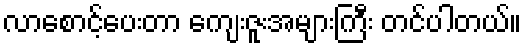
လာစောင့်ပေးတာ ကျေးဇူးအများကြီး တင်ပါတယ်။